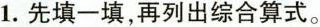
1.先填一填，再列出综合算式。